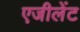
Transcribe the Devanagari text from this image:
एजीलेंट